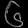
Digit: ၆